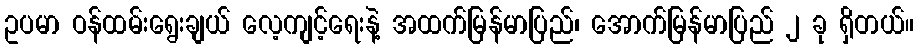
ဥပမာ ဝန်ထမ်းရွေးချယ် လေ့ကျင့်ရေးနဲ့ အထက်မြန်မာပြည်၊ အောက်မြန်မာပြည် ၂ ခု ရှိတယ်။